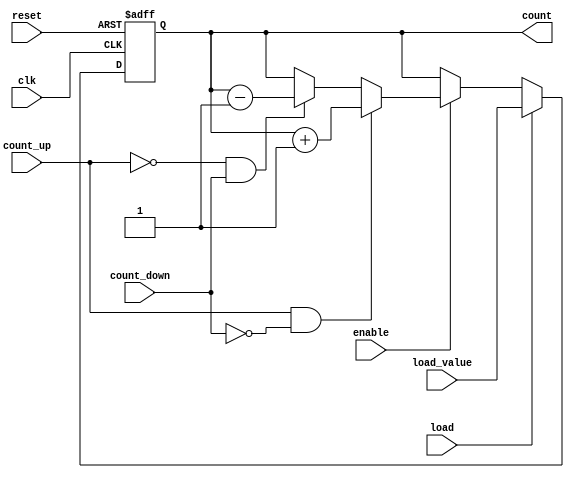
module synchronous_counter #(
    parameter WIDTH = 4 // Bit width of the counter
)(
    input wire clk,          // Clock input
    input wire reset,        // Reset input
    input wire enable,       // Enable input
    input wire count_up,     // Count up control signal
    input wire count_down,   // Count down control signal
    input wire load,         // Load control signal
    input wire [WIDTH-1:0] load_value, // Value to load into the counter
    output reg [WIDTH-1:0] count // Current count output
);

    // Always block triggered on the rising edge of the clock
    always @(posedge clk or posedge reset) begin
        if (reset) begin
            // Reset the counter to zero
            count <= 0;
        end else if (load) begin
            // Load the specified value into the counter
            count <= load_value;
        end else if (enable) begin
            // Count up or down based on control signals
            if (count_up && !count_down) begin
                count <= count + 1; // Increment
            end else if (!count_up && count_down) begin
                count <= count - 1; // Decrement
            end
            // If both count_up and count_down are low, hold the current value
        end
    end

endmodule